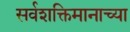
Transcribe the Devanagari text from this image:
सर्वशक्तिमानाच्या